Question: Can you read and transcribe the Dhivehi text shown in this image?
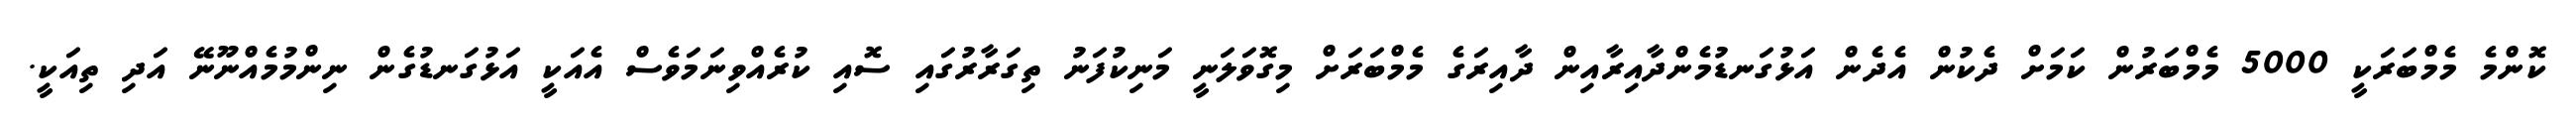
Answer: ކޮންމެ މެމްބަރަކީ 5000 މެމްބަރުން ކަމަށް ދެކުން އެދެން އަޅުގަނޑުމެންދާއިރާއިން ދާއިރަގެ މެމްބަރަށް މިގޮވަލަނީ މަނިކުފަނު ތިގަރާރުގައި ސޮއި ކުރެއްވިނަމަވެސް އެއަކީ އަޅުގަނޑުގެން ނިންމުމެއްނޫނޭ އަދި ތިއަކީ.